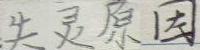
失灵原因